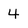
Character: 4